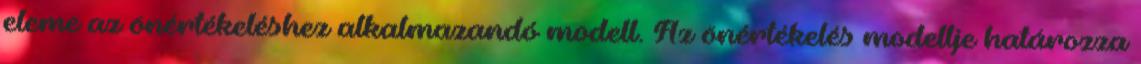
eleme az önértékeléshez alkalmazandó modell. Az önértékelés modellje határozza